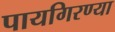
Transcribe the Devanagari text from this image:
पायगिरण्या